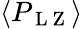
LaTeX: \langle P_{\mathrm{~L~Z~}}\rangle